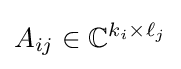
A_{ij}\in \mathbb {C} ^{k_{i}\times \ell _{j}}